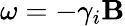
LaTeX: \mathbf{\omega}=-\gamma_{i}\mathbf{B}